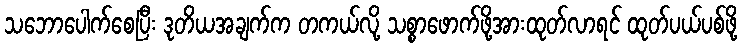
သဘောပေါက်စေပြီး ဒုတိယအချက်က တကယ်လို့ သစ္စာဖောက်ဖို့အားထုတ်လာရင် ထုတ်ပယ်ပစ်ဖို့